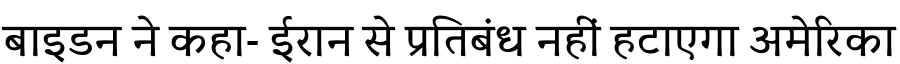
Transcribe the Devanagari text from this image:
बाइडन ने कहा- ईरान से प्रतिबंध नहीं हटाएगा अमेरिका